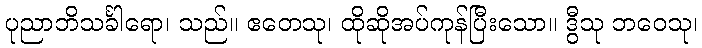
ပုညာဘိသင်္ခါရော၊ သည်။ ဧတေသု၊ ထိုဆိုအပ်ကုန်ပြီးသော။ ဒွီသု ဘဝေသု၊